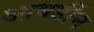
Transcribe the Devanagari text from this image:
आबर्डीन